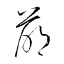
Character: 萌